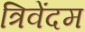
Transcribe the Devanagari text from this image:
त्रिवेंदम